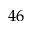
4 6